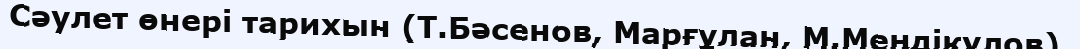
Сәулет өнері тарихын (Т.Бәсенов, Марғұлан, М.Меңдіқұлов),